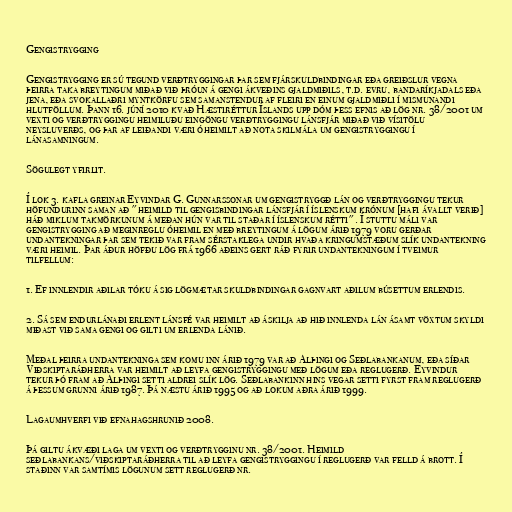
Gengistrygging

Gengistrygging er sú tegund verðtryggingar þar sem fjárskuldbindingar eða greiðslur vegna
þeirra taka breytingum miðað við þróun á gengi ákveðins gjaldmiðils, t.d. evru, bandaríkjadals eða
jena, eða svokallaðri myntkörfu sem samanstendur af fleiri en einum gjaldmiðli í mismunandi
hlutföllum. Þann 16. júní 2010 kvað Hæstiréttur Íslands upp dóm þess efnis að lög nr. 38/2001 um
vexti og verðtryggingu heimiluðu eingöngu verðtryggingu lánsfjár miðað við vísitölu
neysluverðs, og þar af leiðandi væri óheimilt að nota skilmála um gengistryggingu í
lánasamningum.

Sögulegt yfirlit.

Í lok 3. kafla greinar Eyvindar G. Gunnarssonar um gengistryggð lán og verðtryggingu tekur
höfundurinn saman að "heimild til gengisbindingar lánsfjár í íslenskum krónum [hafi ávallt verið]
háð miklum takmörkunum á meðan hún var til staðar í íslenskum rétti". Í stuttu máli var
gengistrygging að meginreglu óheimil en með breytingum á lögum árið 1979 voru gerðar
undantekningar þar sem tekið var fram sérstaklega undir hvaða kringumstæðum slík undantekning
væri heimil. Þar áður höfðu lög frá 1966 aðeins gert ráð fyrir undantekningum í tveimur
tilfellum:

1. Ef innlendir aðilar tóku á sig lögmætar skuldbindingar gagnvart aðilum búsettum erlendis.

2. Sá sem endurlánaði erlent lánsfé var heimilt að áskilja að hið innlenda lán ásamt vöxtum skyldi
miðast við sama gengi og gilti um erlenda lánið.

Meðal þeirra undantekninga sem komu inn árið 1979 var að Alþingi og Seðlabankanum, eða síðar
Viðskiptaráðherra var heimilt að leyfa gengistryggingu með lögum eða reglugerð. Eyvindur
tekur þó fram að Alþingi setti aldrei slík lög. Seðlabankinn hins vegar setti fyrst fram reglugerð
á þessum grunni árið 1987. Þá næstu árið 1995 og að lokum aðra árið 1999.

Lagaumhverfi við efnahagshrunið 2008.

Þá giltu ákvæði laga um vexti og verðtrygginu nr. 38/2001. Heimild
seðlabankans/viðskiptaráðherra til að leyfa gengistryggingu í reglugerð var felld á brott. Í
staðinn var samtímis lögunum sett reglugerð nr.